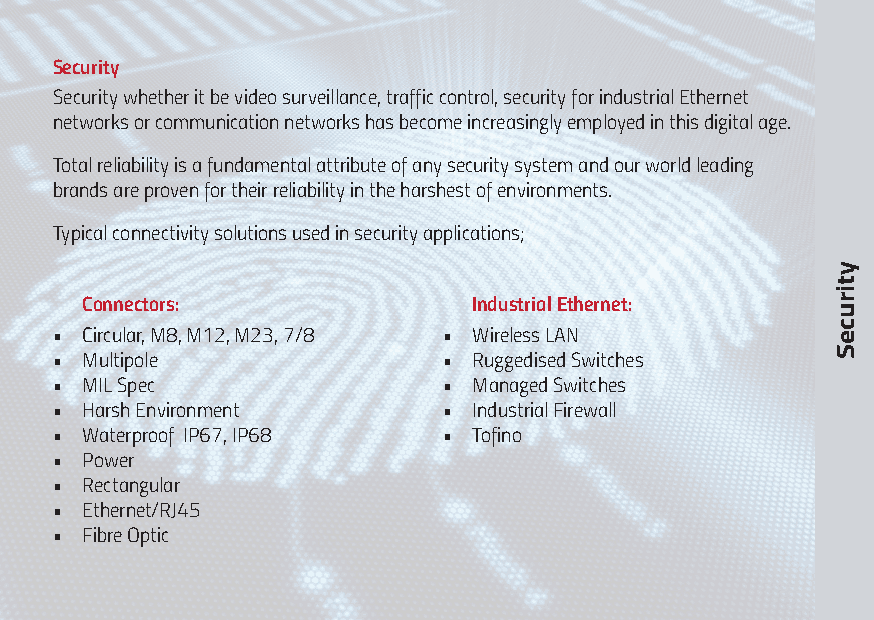
Security
 Security whether it be video surveillance, traffic control, security for industrial Ethernet
 networks or communication networks has become increasingly employed in this digital age.
 Total reliability is a fundamental attribute of any security system and our world leading
 brands are proven for their reliability in the harshest of environments.
 Typical connectivity solutions used in security applications;
 Connectors:               Industrial Ethernet:
 • Circular, M8, M12, M23, 7/8 • Wireless LAN
 • Multipole               • Ruggedised Switches
 • MIL Spec                • Managed Switches
 • Harsh Environment       • Industrial Firewall
 • Waterproof IP67, IP68   • Tofino
 • Power
 • Rectangular
 • Ethernet/RJ45
 • Fibre Optic
 ytiruceS